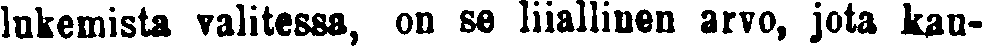
lukemista valitessa, on se liiallinen arvo, jota kau-